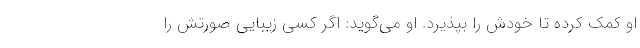
او کمک کرده تا خودش را بپذیرد. او می‌گوید: اگر کسی زیبایی صورتش را